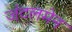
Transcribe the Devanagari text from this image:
जंटलमेन